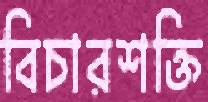
বিচারশক্তি